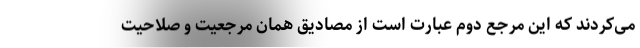
می‌کردند که این مرجع دوم عبارت است از مصادیق همان مرجعیت و صلاحیت